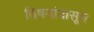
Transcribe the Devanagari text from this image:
विषयांपासून